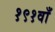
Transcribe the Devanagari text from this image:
१९१वाँ